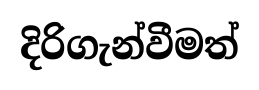
දිරිගැන්වීමත්